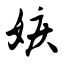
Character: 嫉